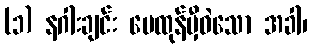
(၁) နဂါးချင်း မေထုန်မှီဝဲသော အခါ၊